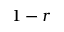
1 - r